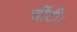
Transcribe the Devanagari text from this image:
चींटी।